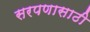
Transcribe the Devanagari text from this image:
सरपणासाठी